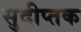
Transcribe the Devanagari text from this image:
सुदीप्तक